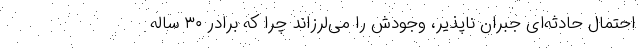
احتمال حادثه‌ای جبران ناپذیر، وجودش را می‌لرزاند چرا که برادر ۳۰ ساله